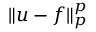
\| u - f \| _ { p } ^ { p }